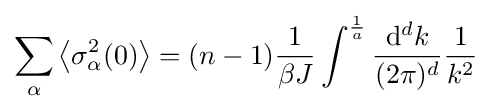
\sum _{\alpha }\left\langle \sigma _{\alpha }^{2}(0)\right\rangle =(n-1){\frac {1}{\beta J}}\int ^{\frac {1}{a}}{\frac {\mathrm {d} ^{d}k}{(2\pi )^{d}}}{\frac {1}{k^{2}}}